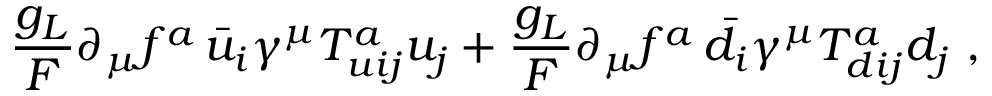
\frac { g _ { L } } { F } \partial _ { \mu } f ^ { a } \, \bar { u } _ { i } \gamma ^ { \mu } T _ { u i j } ^ { a } { u } _ { j } + \frac { g _ { L } } { F } \partial _ { \mu } f ^ { a } \, \bar { d } _ { i } \gamma ^ { \mu } T _ { d i j } ^ { a } d _ { j } \ ,